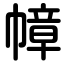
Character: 幛